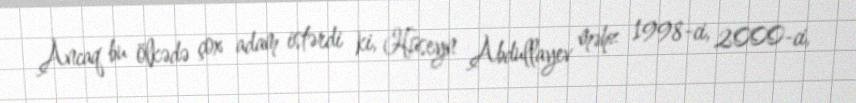
Ancaq bu ölkədə çox adam istərdi ki, Hüseyn Abdullayev məhz 1998-ci, 2000-ci,